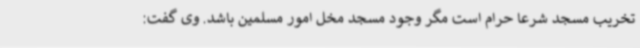
تخریب مسجد شرعا حرام است مگر وجود مسجد مخل امور مسلمین باشد. وی گفت: